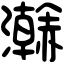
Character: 𤃬